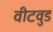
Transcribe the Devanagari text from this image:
वीटवुड